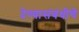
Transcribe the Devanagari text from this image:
देण्यासंबंधीचे